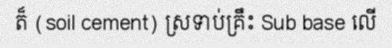
ត៏ (soil cement) ស្រទាប់គ្រឹះ Sub base លើ